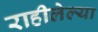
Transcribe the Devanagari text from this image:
राहीलेल्‍या